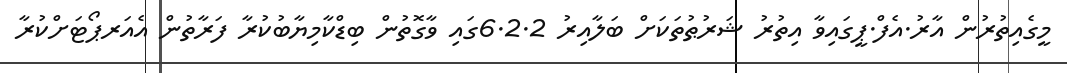
މީގެއިތުރުން އާރު.އެފް.ޕީގައިވާ އިތުރު ޝަރުޠުތަކަށް ބަލާއިރު 6.2.2ގައި ވާގޮތުން ބިޑްކާމިޔާބުކުރާ ފަރާތުން އެއަރޕޯޓަށްކުރާ